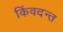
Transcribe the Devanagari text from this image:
किंवदन्त